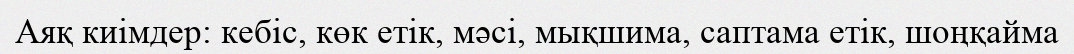
Аяқ киімдер: кебіс, көк етік, мәсі, мықшима, саптама етік, шоңқайма